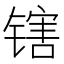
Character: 𬭪